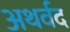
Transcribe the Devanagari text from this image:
अथर्वद